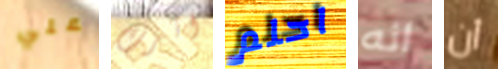
علي اثرت احلم انه أن